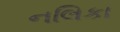
નલિકા